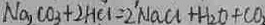
N a _ { 1 } C O _ { 3 } + 2 H C l = 2 N a C l + H _ { 2 } O + C O _ { 2 }